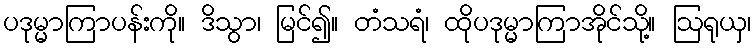
ပဒုမ္မာကြာပန်းကို။ ဒိသွာ၊ မြင်၍။ တံသရံ၊ ထိုပဒုမ္မာကြာအိုင်သို့။ ဩရုယှ၊